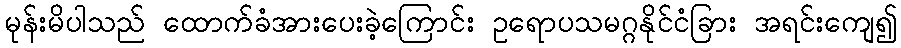
မုန်းမိပါသည် ထောက်ခံအားပေးခဲ့ကြောင်း ဥရောပသမဂ္ဂနိုင်ငံခြား အရင်းကျေ၍